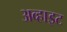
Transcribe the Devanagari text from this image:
अव्हाइट